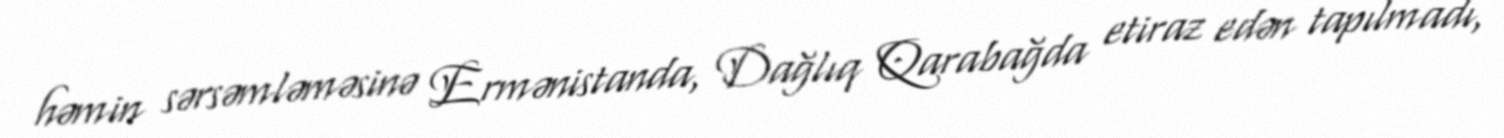
həmin sərsəmləməsinə Ermənistanda, Dağlıq Qarabağda etiraz edən tapılmadı,